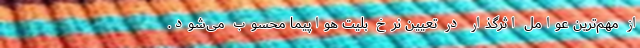
از مهم‌ترین عوامل اثرگذار در تعیین نرخ بلیت هواپیما محسوب می‌شود.